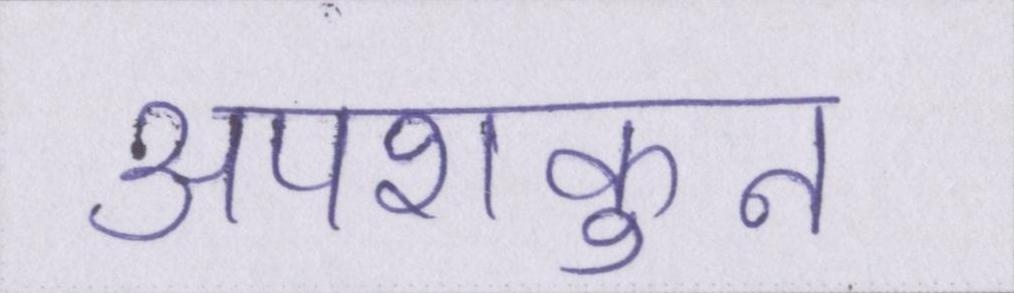
अपशकुन